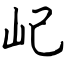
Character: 屺